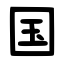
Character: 国